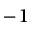
^ { - 1 }